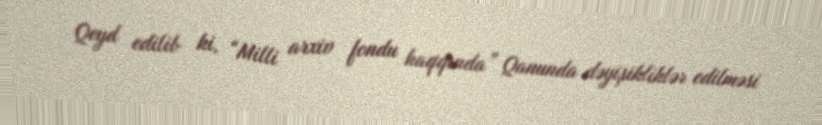
Qeyd edilib ki, “Milli arxiv fondu haqqında” Qanunda dəyişikliklər edilməsi